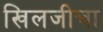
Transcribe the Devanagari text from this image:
खिलजीचा